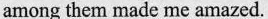
among them made me amazed .